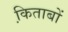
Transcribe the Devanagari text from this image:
कि़ताबों